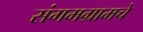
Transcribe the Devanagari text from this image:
संगमग्रामचे